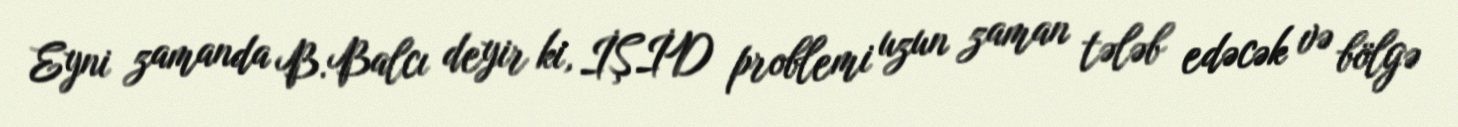
Eyni zamanda B.Balcı deyir ki, İŞİD problemi uzun zaman tələb edəcək və bölgə